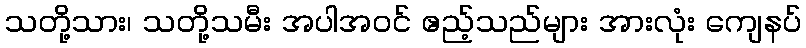
သတို့သား၊ သတို့သမီး အပါအဝင် ဧည့်သည်များ အားလုံး ကျေနပ်